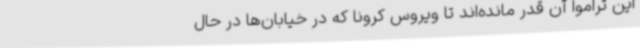
این تراموا آن قدر مانده‌اند تا ویروس کرونا که در خیابان‌ها در حال